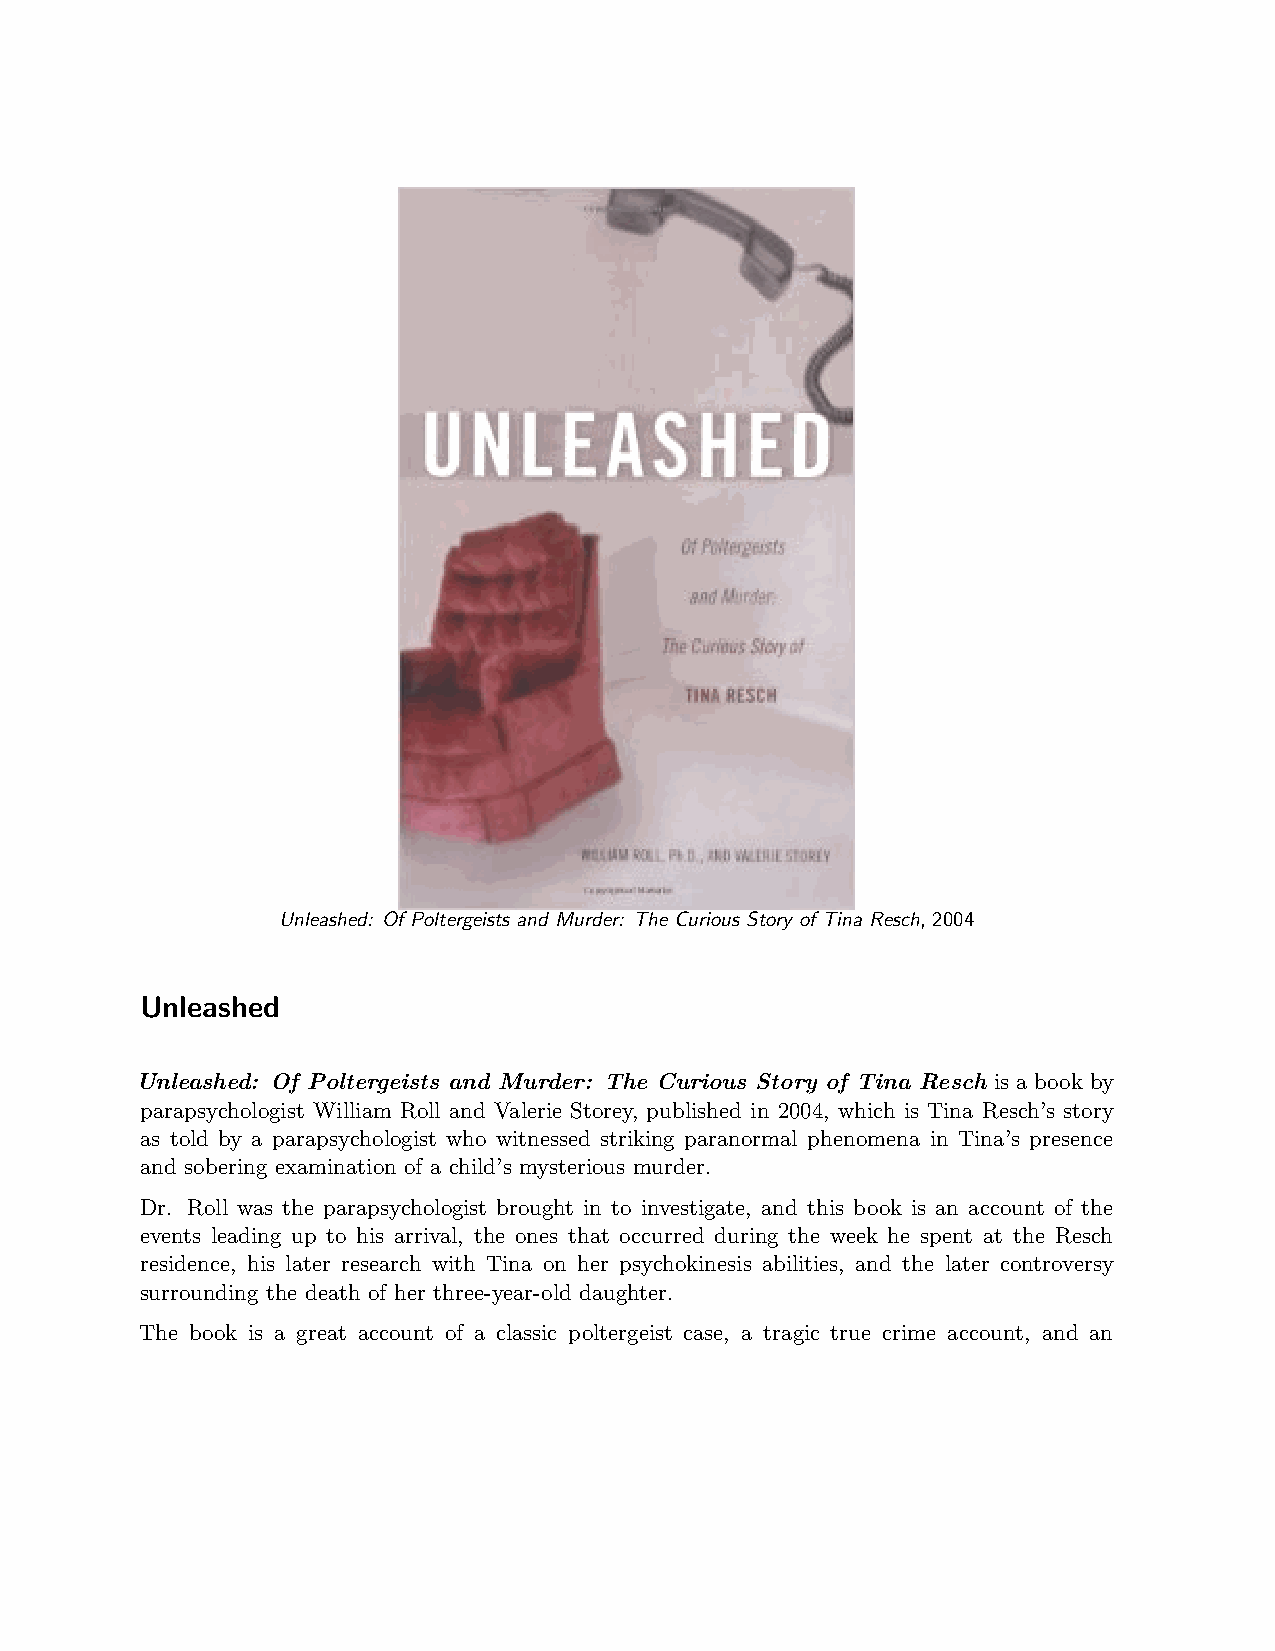
Unleashed: Of Poltergeists and Murder: The Curious Story of Tina Resch, 2004
 Unleashed
 Unleashed: Of Poltergeists and Murder: The Curious Story of Tina Resch is a book by
 parapsychologist William Roll and Valerie Storey, published in 2004, which is Tina Resch’s story
 as told by a parapsychologist who witnessed striking paranormal phenomena in Tina’s presence
 and sobering examination of a child’s mysterious murder.
 Dr. Roll was the parapsychologist brought in to investigate, and this book is an account of the
 events leading up to his arrival, the ones that occurred during the week he spent at the Resch
 residence, his later research with Tina on her psychokinesis abilities, and the later controversy
 surrounding the death of her three-year-old daughter.
 The book is a great account of a classic poltergeist case, a tragic true crime account, and an